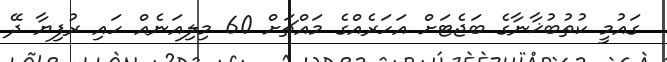
ގައުމީ ކުތުބުޚާނާގެ ބަޖެޓަށް އަހަރެއްގެ މައްޗަށް 60 މިލިއަނެއް ހައި ރުފިޔާ ދޭ